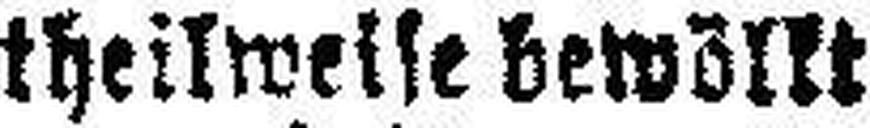
theilweise bewölkt